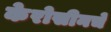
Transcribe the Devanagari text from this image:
केरोसीनचे